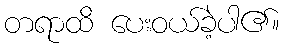
တရာထိ ပေးဝယ်ခဲ့ပါ၏။